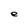
Character: e